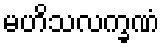
မဟိသလက္ခဏံ